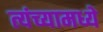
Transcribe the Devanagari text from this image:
त्यंच्यामध्ये